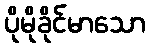
ပိုမိုခိုင်မာသော